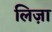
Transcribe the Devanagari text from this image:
लिज़ा